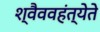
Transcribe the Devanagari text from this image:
श्वैववहंत्येते